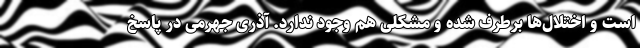
است و اختلال‌ها برطرف شده و مشکلی هم وجود ندارد. آذری جهرمی در پاسخ